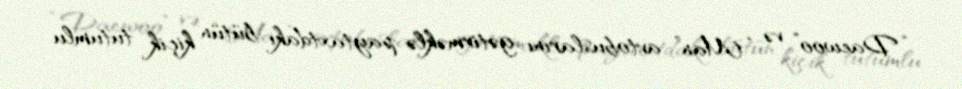
“Daewoo” və “Man” avtobuslarını gətirməklə paytaxtdakı bütün kiçik tutumlu